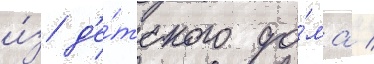
и́з д'е́тского до́ма /